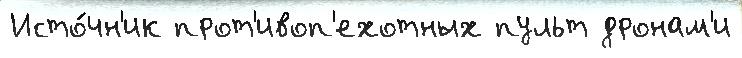
Исто́чн'ик прот'ивоп'ехотных пульт дронам'и